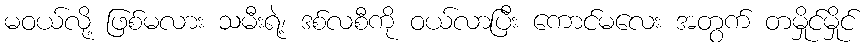
မဝယ်လို့ ဖြစ်မလား သမီးရဲ့၊ ဒစ်လစီကို ဝယ်လာပြီး ကောင်မလေး အတွက် တမှိုင်မှိုင်